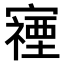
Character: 𫴖